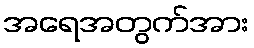
အရေအတွက်အား